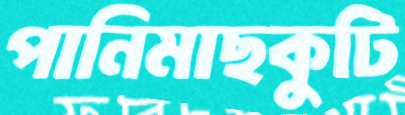
পানিমাছকুটি